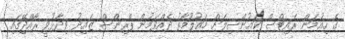
ގެ ހިއުމަން ރައިޓްސް ކައުންސިލަށް މައުލޫމާތު ދެއްވަމުން ޕްރިންސް ޒައިދު ވިދާޅުވީ ރާއްޖޭގައި